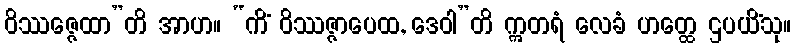
ဝိဿဇ္ဇေထာ”တိ အာဟ။ “ကိံ ဝိဿဇ္ဇာပေထ, ဒေဝါ”တိ ဣတရံ လေခံ ဟတ္ထေ ဌပယိံသု။